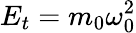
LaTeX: E_{t}=m_{0}\omega_{0}^{2}